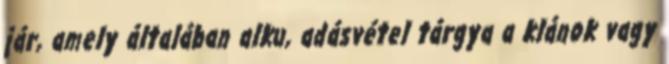
jár, amely általában alku, adásvétel tárgya a klánok vagy